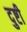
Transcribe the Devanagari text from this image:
दुष्टी